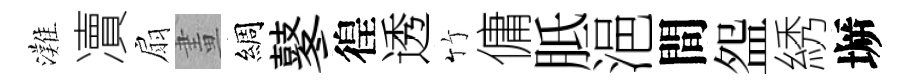
灘凟扇畫綢鼕徨透竹傭胝浥間盌綉󶱲